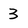
Character: 3